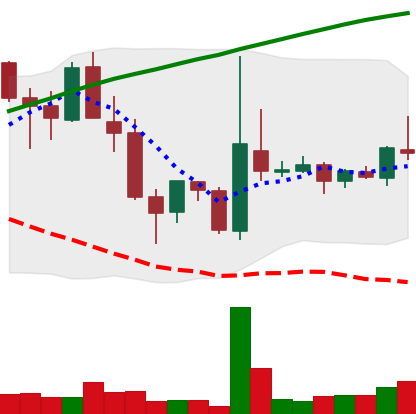
Ticker: TRX-USD
Chart end date: 2018-04-13
Forward return: 21.83%
Label: up_7plus